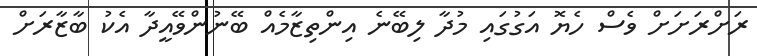
ރަށްރަށަށް ވެސް ހެޔޮ އަގުގައި މުދާ ލިބޭނެ އިންތިޒާމެއް ބޭނުންވޭއީދާ އެކު ބާޒާރަށް